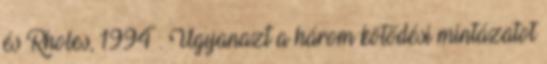
és Rholes, 1994 . Ugyanazt a három kötődési mintázatot